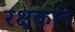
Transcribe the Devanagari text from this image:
रक्षकाने